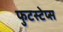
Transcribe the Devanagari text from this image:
फुटस्टेप्स